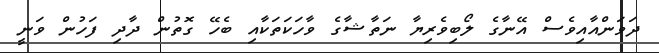
ދަވަންއާއިވެސް އޭނާގެ ލޯބިވެރިޔާ ނަތާޝާގެ ވާހަކަތަކާއި ބެހޭ ގޮތުން ދާދި ފަހުން ވަނީ